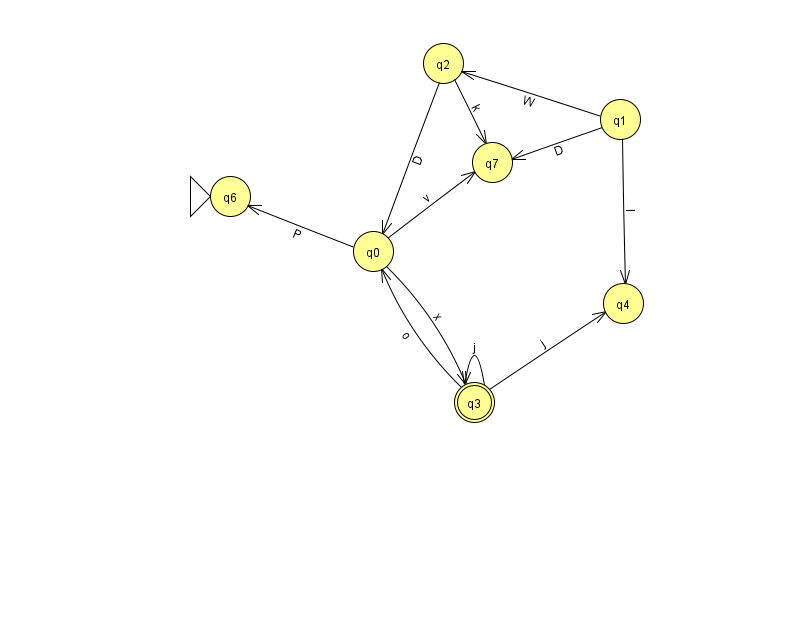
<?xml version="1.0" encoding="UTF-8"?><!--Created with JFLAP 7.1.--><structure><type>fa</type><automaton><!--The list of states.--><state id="0" name="q0"><x>373.0</x><y>238.0</y></state><state id="1" name="q1"><x>620.0</x><y>106.0</y></state><state id="2" name="q2"><x>443.0</x><y>50.0</y></state><state id="3" name="q3"><x>474.0</x><y>389.0</y><final/></state><state id="4" name="q4"><x>623.0</x><y>290.0</y></state><state id="6" name="q6"><x>230.0</x><y>183.0</y><initial/></state><state id="7" name="q7"><x>492.0</x><y>149.0</y></state><!--The list of transitions.--><transition><from>1</from><to>2</to><read>W</read></transition><transition><from>1</from><to>4</to><read>I</read></transition><transition><from>1</from><to>7</to><read>D</read></transition><transition><from>3</from><to>4</to><read>j</read></transition><transition><from>0</from><to>6</to><read>P</read></transition><transition><from>0</from><to>7</to><read>v</read></transition><transition><from>2</from><to>0</to><read>D</read></transition><transition><from>3</from><to>0</to><read>o</read></transition><transition><from>2</from><to>7</to><read>k</read></transition><transition><from>3</from><to>3</to><read>j</read></transition><transition><from>0</from><to>3</to><read>x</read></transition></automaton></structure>